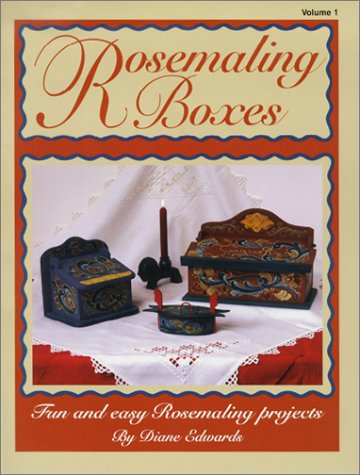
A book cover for Rosemaling Boxes; Diane Edwards; Crafts, Hobbies & Home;